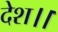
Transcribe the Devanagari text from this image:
देश।।